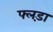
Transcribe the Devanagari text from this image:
फ्लड़ा